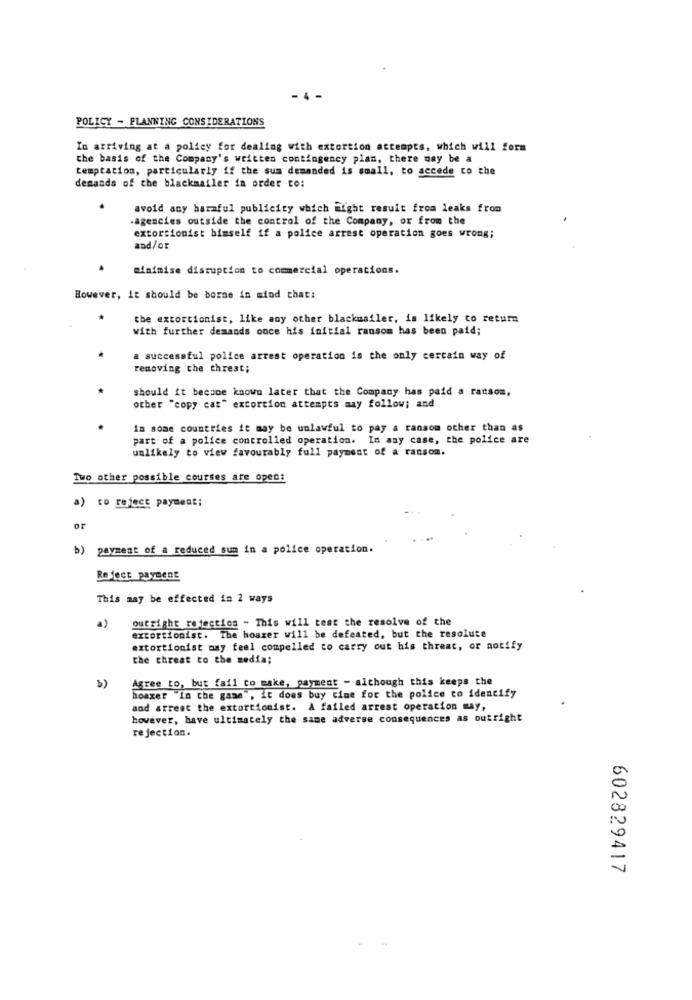
POLICY - PLANNING CONSIDERATIONS
In arriving at a policy for dealing with extortion attempts, which will form
the basis of the Company's written contingency plan, there may be a
temptation, particularly if the sum demanded is small, to accede co che
demands of the blackmailer in order to:
avoid any harmful publicity which might result from leaks from
.agencies outside the control of the Company, or from the
extortionist himself if a police arrest operation goes wrong;
and/or
minimise disruption to commercial operations.
However, it should be borne in mind that:
the extortionist, like any other blackmailer, is likely to return
with further demands once his initial ransom has been paid;
a successful police arrest operation is the only certain way of
removing the threat;
should it became known later that the Company has paid a ransom,
other "copy cat" extortion attempts may follow; and
in some countries it may be unlawful to pay a ransom other than as
part of a police controlled operation. In any case, the police are
unlikely to view favourably full payment of a ransom.
Two other possible courses are open:
a) to reject payment;
or
b) payment of a reduced sun in a police operation.
Re ject payment
This may be effected in 2 ways
outright rejection - This will test the resolve of the
4)
extortionist. The hoaxer will be defeated, but the resolute
extortionist may feel compelled to carry out his threat, or notify
the threat to the media;
Agree to, but fail to make, payment - although this keeps the
hoaxer "In the game", it does buy cine for the police to identify
and arrest the extortionist. A failed arrest operation may,
however, have ultimately the same adverse consequences as outright
rejection.
602829417